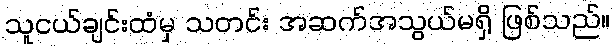
သူငယ်ချင်းထံမှ သတင်း အဆက်အသွယ်မရှိ ဖြစ်သည်။